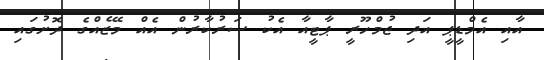
އާއި އެމްޑީޕީ އަދި ޖުމްހޫރީ ޕާޓީއާ އެކު ސަރުކާރުން އެއް މޭޒެއްގެ ދޮށުގައި